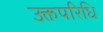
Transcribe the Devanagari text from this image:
उक्तपरिधि